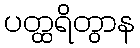
ပတ္ထရိတွာန